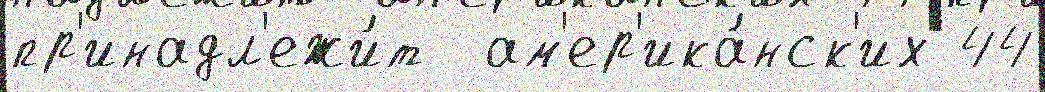
пр'инадл'ежи́т  ам'ер'ика́нск'их 44